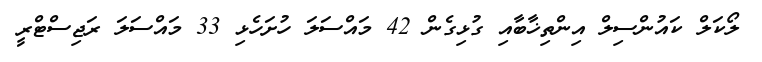
ލޯކަލް ކައުންސިލް އިންތިޚާބާއި ގުޅިގެން 42 މައްސަލަ ހުށަހެޅި 33 މައްސަލަ ރަޖިސްޓްރީ